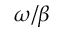
\omega / \beta